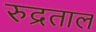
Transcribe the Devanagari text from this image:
रुद्रताल